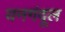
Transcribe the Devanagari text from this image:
यनगंदूल